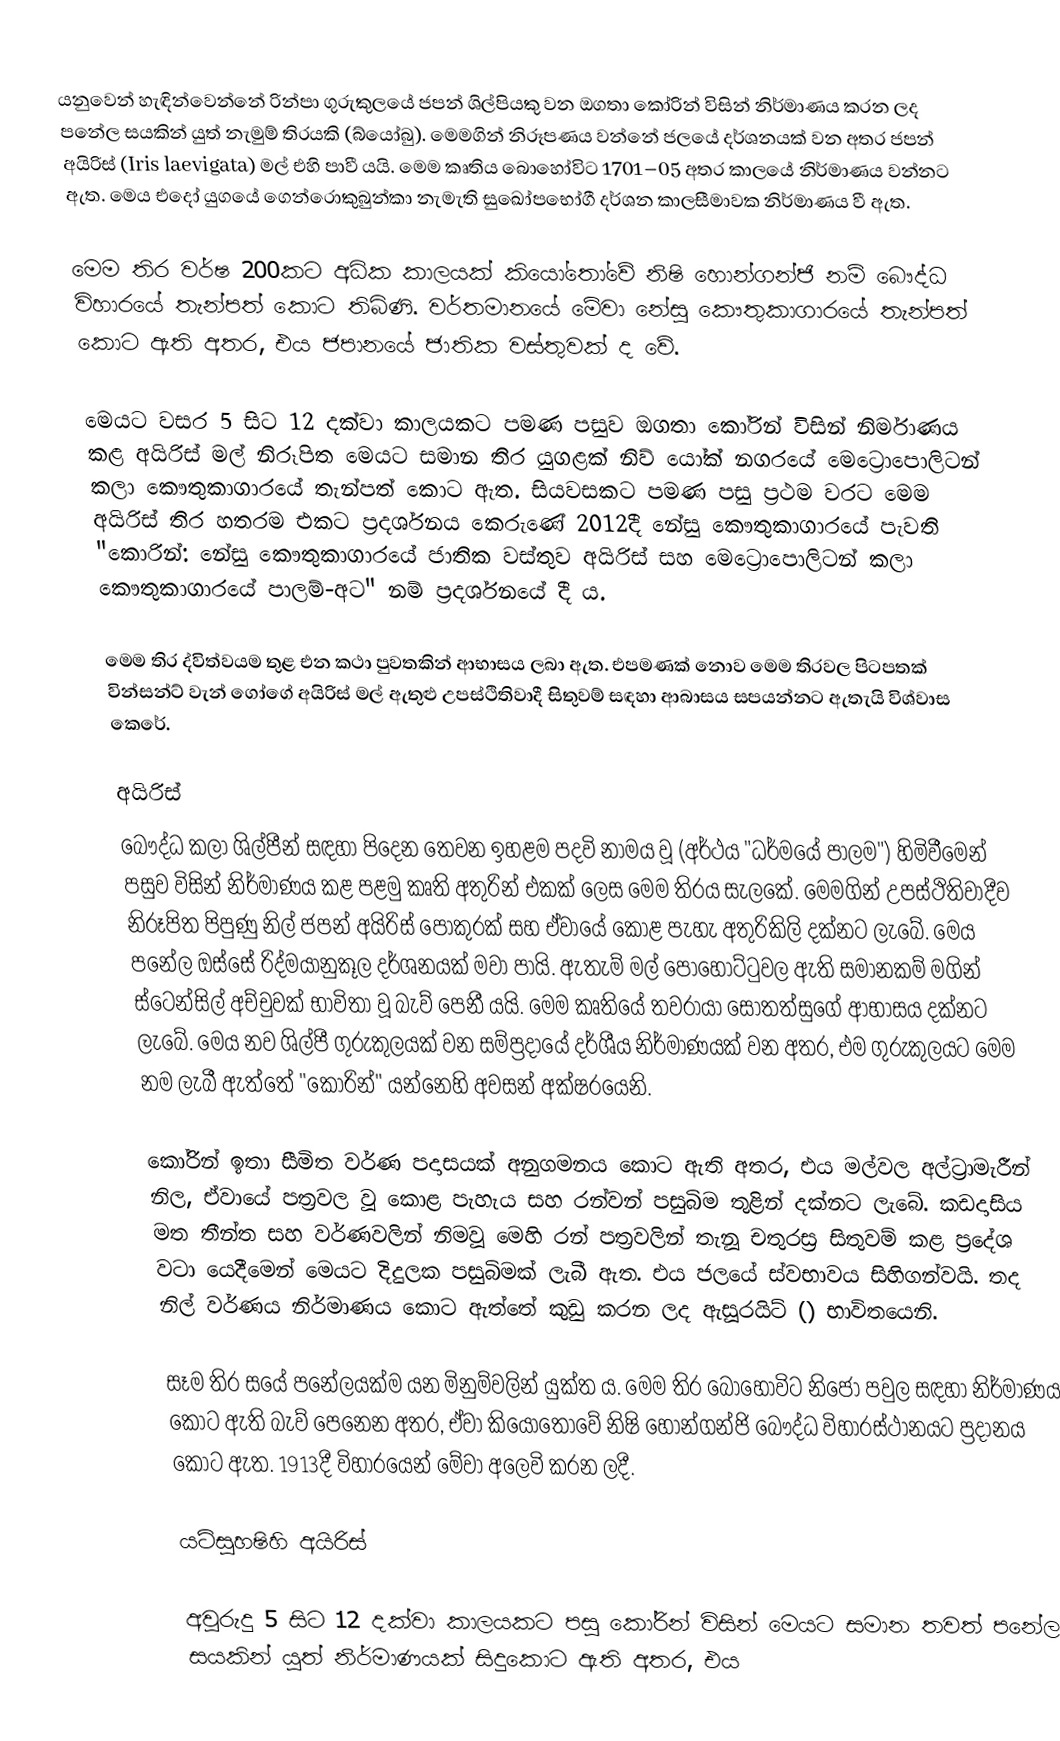
යනුවෙන් හැඳින්වෙන්නේ රින්පා ගුරුකුලයේ ජපන් ශිල්පියකු වන ඔගතා කෝරින් විසින් නිර්මාණය කරන ලද පනේල සයකින් යුත් නැමුම් තිරයකි (බ්යෝබු). මෙමගින් නිරූපණය වන්නේ ජලයේ දර්ශනයක් වන අතර ජපන් අයිරිස් (Iris laevigata) මල් එහි පාවී යයි. මෙම කෘතිය බොහෝවිට 1701–05 අතර කාලයේ නිර්මාණය වන්නට ඇත. මෙය එදෝ යුගයේ ගෙන්රොකුබුන්කා නැමැති සුඛෝපභෝගී දර්ශන කාලසීමාවක නිර්මාණය වී ඇත.

මෙම තිර වර්ෂ 200කට අධික කාලයක් කියෝතෝවේ නිෂි හොන්ගන්ජි නම් බෞද්ධ විහාරයේ තැන්පත් කොට තිබිණි. වර්තමානයේ මේවා නේසු කෞතුකාගාරයේ තැන්පත් කොට ඇති අතර, එය ජපානයේ ජාතික වස්තුවක් ද වේ.

මෙයට වසර 5 සිට 12 දක්වා කාලයකට පමණ පසුව ඔගතා කෝරින් විසින් නිර්මාණය කළ අයිරිස් මල් නිරූපිත මෙයට සමාන තිර යුගළක් නිව් යෝක් නගරයේ මෙට්‍රොපොලිටන් කලා කෞතුකාගාරයේ තැන්පත් කොට ඇත. සියවසකට පමණ පසු ප්‍රථම වරට මෙම අයිරිස් තිර හතරම එකට ප්‍රදර්ශනය කෙරුණේ 2012දී නේසු කෞතුකාගාරයේ පැවති "කොරින්: නේසු කෞතුකාගාරයේ ජාතික වස්තුව අයිරිස් සහ මෙට්‍රොපොලිටන් කලා කෞතුකාගාරයේ පාලම්-අට" නම් ප්‍රදර්ශනයේ දී ය.

මෙම තිර ද්විත්වයම  තුළ එන කථා පුවතකින් ආභාසය ලබා ඇත. එපමණක් නොව මෙම තිරවල පිටපතක් වින්සන්ට් වැන් ගෝගේ අයිරිස් මල් ඇතුළු උපස්ථිතිවාදී සිතුවම් සඳහා ආබාසය සපයන්නට ඇතැයි විශ්වාස කෙරේ.

අයිරිස්
බෞද්ධ කලා ශිල්පීන් සඳහා පිදෙන තෙවන ඉහළම පදවි නාමය වූ  (අර්ථය "ධර්මයේ පාලම") හිමිවීමෙන් පසුව  විසින් නිර්මාණය කළ පළමු කෘති අතුරින් එකක් ලෙස මෙම තිරය සැලකේ. මෙමගින් උපස්ථිතිවාදීව නිරූපිත  පිපුණු නිල් ජපන් අයිරිස් පොකුරක් සහ ඒවායේ කොළ පැහැ අතුරිකිලි දක්නට ලැබේ. මෙය පනේල ඔස්සේ රිද්මයානුකූල දර්ශනයක් මවා පායි. ඇතැම් මල් පොහොට්ටුවල ඇති සමානකම් මගින් ස්ටෙන්සිල් අච්චුවක් භාවිතා වූ බැව් පෙනී යයි. මෙම කෘතියේ තවරායා සෝතත්සුගේ ආභාසය දක්නට ලැබේ. මෙය නව ශිල්පී ගුරුකුලයක් වන  සම්ප්‍රදායේ දර්ශීය නිර්මාණයක් වන අතර, එම ගුරුකුලයට මෙම නම ලැබී ඇත්තේ "කෝරින්" යන්නෙහි අවසන් අක්ෂරයෙනි.

කෝරින් ඉතා සීමිත වර්ණ පදාසයක් අනුගමනය කොට ඇති අතර, එය මල්වල අල්ට්‍රාමැරීන් නිල, ඒවායේ පත්‍රවල වූ කොළ පැහැය සහ රන්වන් පසුබිම තුළින් දක්නට ලැබේ. කඩදාසිය මත තීන්ත සහ වර්ණවලින් නිමවූ මෙහි රන් පත්‍රවලින් තැනූ චතුරස්‍ර සිතුවම් කළ ප්‍රදේශ වටා යෙදීමෙන් මෙයට දිදුලක පසුබිමක් ලැබී ඇත. එය ජලයේ ස්වභාවය සිහිගන්වයි. තද නිල් වර්ණය නිර්මාණය කොට ඇත්තේ කුඩු කරන ලද ඇසූරයිට් () භාවිතයෙනි.

සෑම තිර සයේ පනේලයක්ම  යන මිනුම්වලින් යුක්ත ය. මෙම තිර බොහෝවිට නිජෝ පවුල සඳහා නිර්මාණය කොට ඇති බැව් පෙනෙන අතර, ඒවා කියෝතෝවේ නිෂි හොන්ගන්ජි බෞද්ධ විහාරස්ථානයට ප්‍රදානය කොට ඇත. 1913දී විහාරයෙන් මේවා අලෙවි කරන ලදී.

යට්සුහෂිහි අයිරිස්

අවුරුදු 5 සිට 12 දක්වා කාලයකට පසු කෝරින් විසින් මෙයට සමාන තවත් පනේල සයකින් යුත් නිර්මාණයක් සිදුකොට ඇති අතර, එය